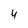
Character: 4